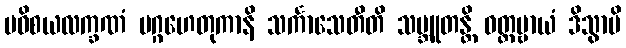
ပဝိစယလက္ခဏံ မဂ္ဂဟေတုကာနိ သင်္ကာသေတီတိ သမ္ဘူတန္တိ ဝတ္တဗ္ဗာယံ ဒိသွာပိ